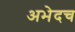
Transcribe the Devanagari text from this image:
अभेदच